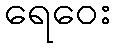
ရေဝေး